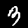
Label: 3